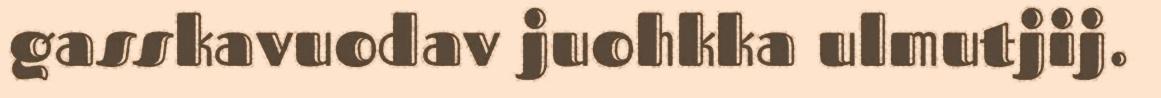
gasskavuodav juohkka ulmutjij.